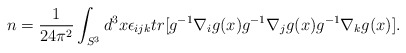
\begin{align*}n = \frac {1}{24 \pi^2} \int_{S^3} d^3 x \epsilon_{ijk} tr [ g^{-1} \nabla_i g(x) g^{-1} \nabla_j g(x) g^{-1} \nabla_k g(x) ].\end{align*}